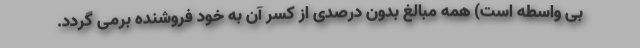
بی واسطه است) همه مبالغ بدون درصدی از کسر آن به خود فروشنده برمی گردد.